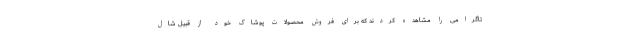
تاگرامی را مشاهده کردند که برای فروش محصولات پوشاک خود از قبیل شال